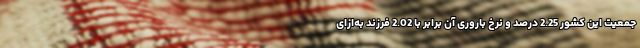
جمعیت این کشور 2.25 درصد و نرخ باروری آن برابر با 2.02 فرزند به‌ازای